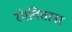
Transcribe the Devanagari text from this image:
रंगविताना